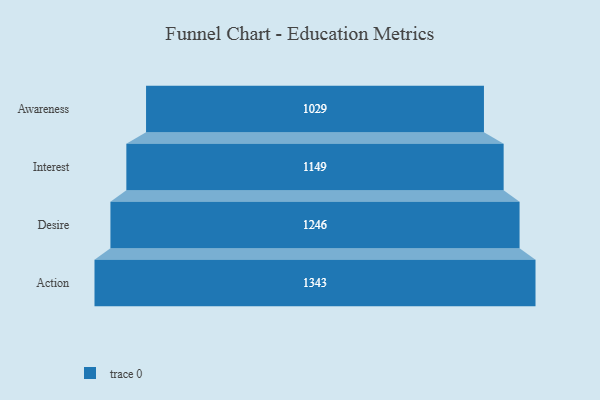
{"axis": {"x": "Stage", "y": "Value"}, "legend": [""], "data": [{"x": "Awareness", "y": 1029.0, "type": ""}, {"x": "Interest", "y": 1149.0, "type": ""}, {"x": "Desire", "y": 1246.0, "type": ""}, {"x": "Action", "y": 1343.0, "type": ""}]}